Leaving Certificate Examination, 1925
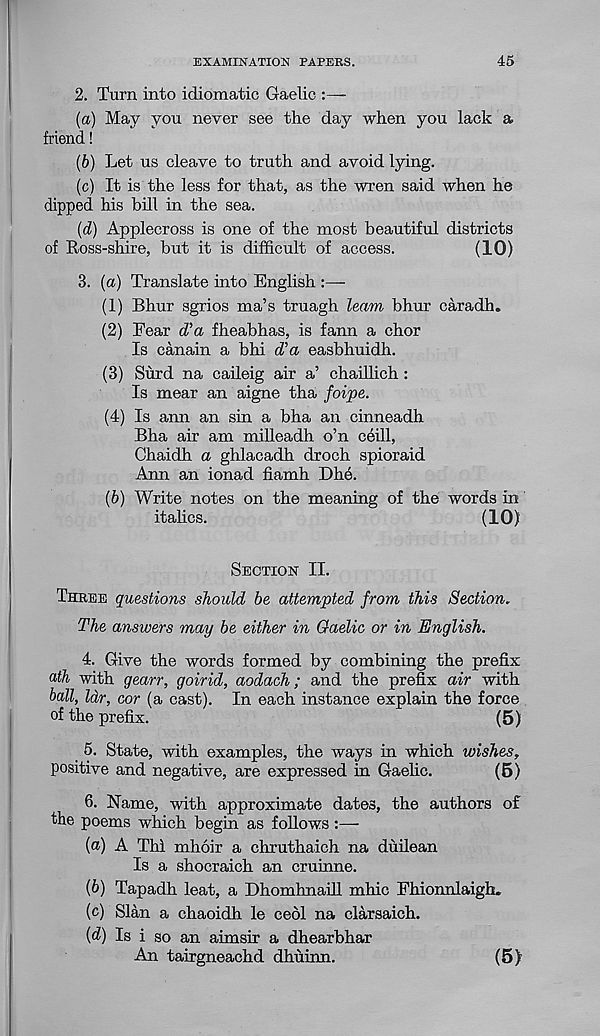
EXAMINATION PAPERS.
45
2. Turn into idiomatic Gaelic :—
(а) May you never see the day when you lack a
friend!
(б) Let us cleave to truth and avoid lying.
(c) It is the less for that, as the wren said when he
dipped his bill in the sea.
(d) Applecross is one of the most beautiful districts
of Ross-shire, but it is difficult of access.
(10)
3. (a) Translate into English
(1) Bhur sgrios ma’s truagh leam bhur caradh.
(2) Fear d’a fheabhas, is fann a chor
Is canain a bhi d’a easbhuidh.
(3) Surd na caileig air a’ chaillich:
Is mear an aigne tha foipe.
(4) Is ann an sin a bha an cinneadh
Bha air am milleadh o’n ceill,
Chaidh a ghlacadh droch spioraid
Ann an ionad fiamh Dhe.
(6) Write notes on the meaning of the words in
italics.
(10)
Section II.
Three questions should be attempted from this Section.
The answers may be either in Gaelic or in English.
4. Give the words formed by combining the prefix
ath with gearr, goirid, aodach; and the prefix air with
ball, Idr, cor (a cast). In each instance explain the force
of the prefix.
(5)
5. State, with examples, the ways in which wishes,
positive and negative, are expressed in Gaelic.
(5)
6. Name, with approximate dates, the authors of
the poems which begin as follows
(а) A Thl mhoir a chruthaich na duilean
Is a shocraich an cruinne.
(б) Tapadh leat, a Dhomhnaill mhic Fhionnlaigh.
(c) Sian a chaoidh le ceol na clarsaich.
{d) Is i so an aimsir a dhearbhar
An tairgneachd dhuinn.
(5)